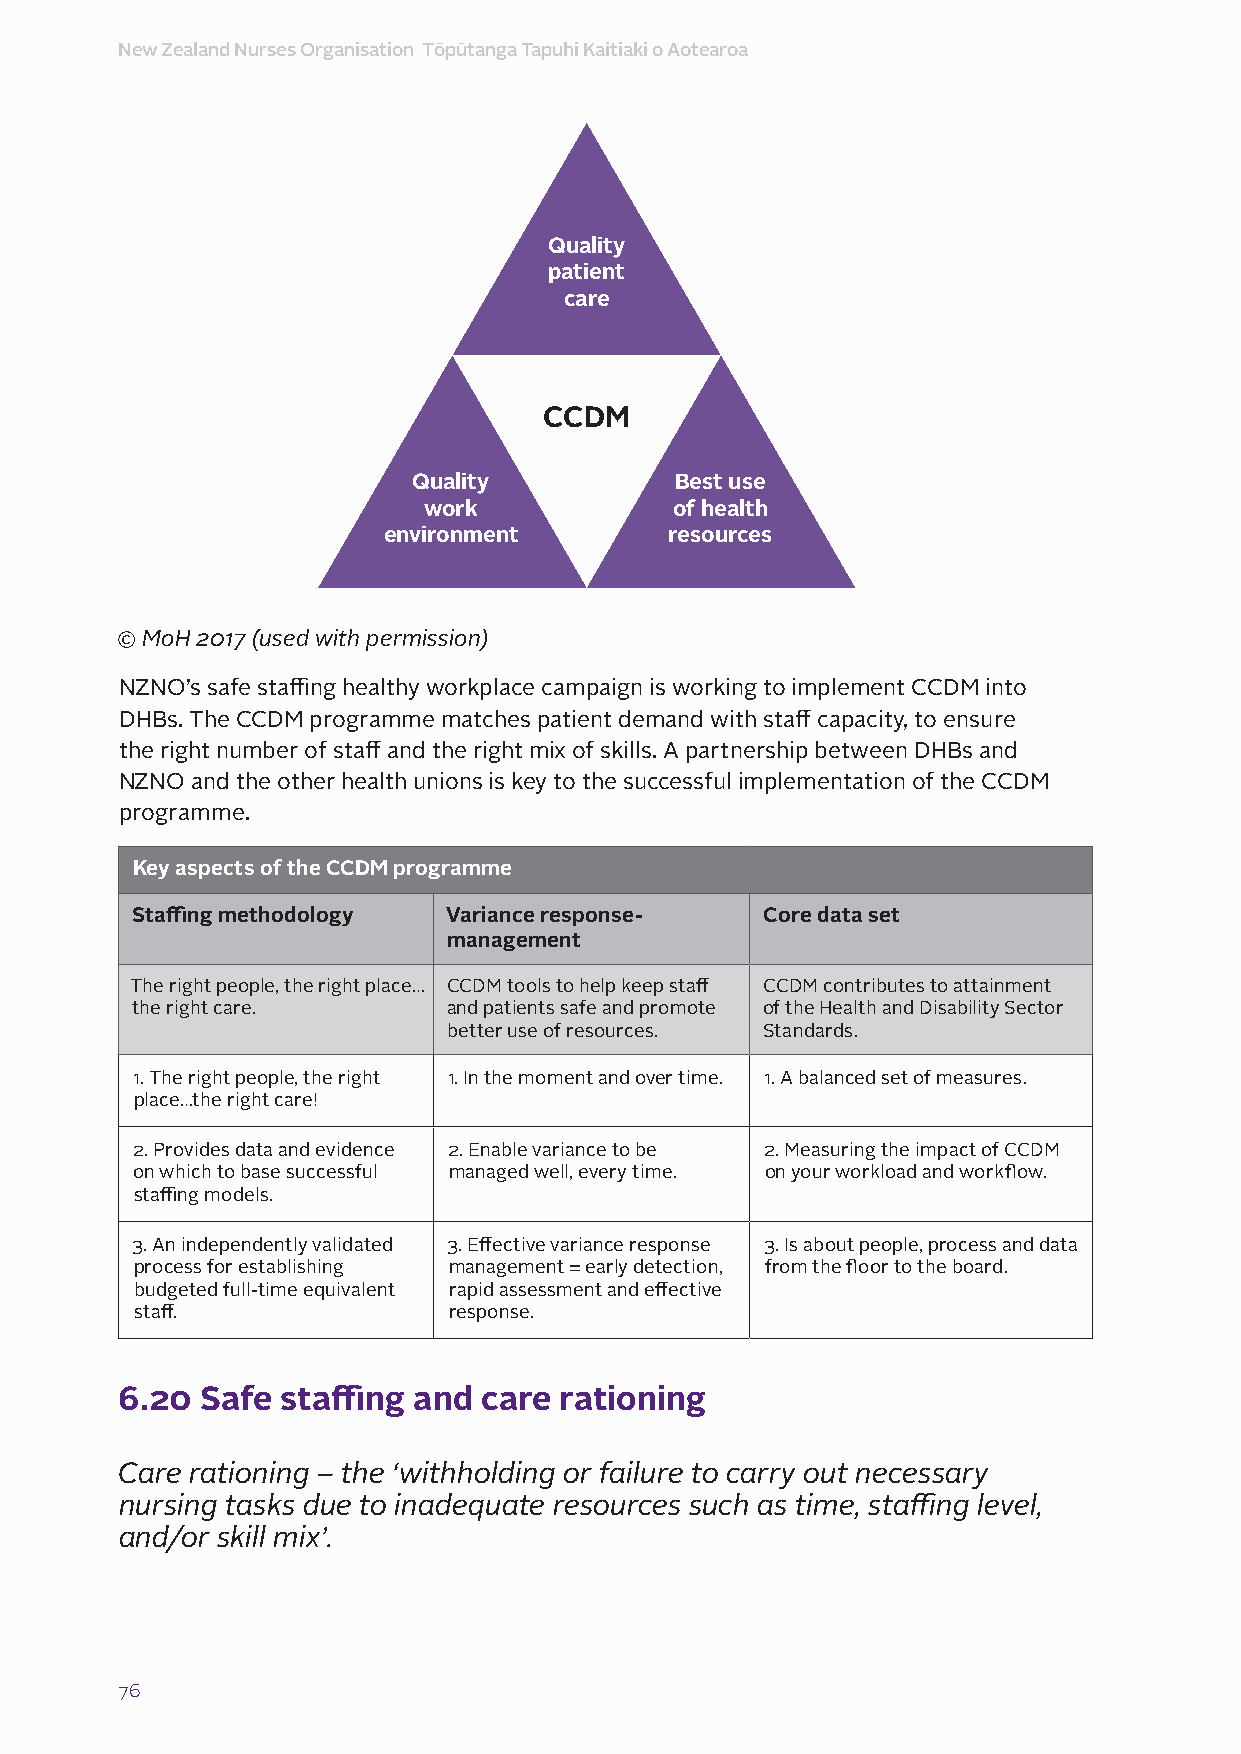
New Zealand Nurses Organisation Tōpūtanga Tapuhi Kaitiaki o Aotearoa
 Quality
 patient
 care
 CCDM
 Quality           Best use
 work             of health
 environment        resources
 © MoH 2017 (used with permission)
 NZNO’s safe staffing healthy workplace campaign is working to implement CCDM into
 DHBs. The CCDM programme matches patient demand with staff capacity, to ensure
 the right number of staff and the right mix of skills. A partnership between DHBs and
 NZNO and the other health unions is key to the successful implementation of the CCDM
 programme.
 Key aspects of the CCDM programme
 Staffing methodology Variance response-  Core data set
 management
 The right people, the right place… CCDM tools to help keep staff CCDM contributes to attainment
 the right care.      and patients safe and promote of the Health and Disability Sector
 better use of resources. Standards.
 1. The right people, the right 1. In the moment and over time. 1. A balanced set of measures.
 place…the right care!
 2. Provides data and evidence 2. Enable variance to be 2. Measuring the impact of CCDM
 on which to base successful managed well, every time. on your workload and workflow.
 staffing models.
 3. An independently validated 3. Effective variance response 3. Is about people, process and data
 process for establishing management = early detection, from the floor to the board.
 budgeted full-time equivalent rapid assessment and effective
 staff.               response.
 6.20 Safe  staffing and care rationing
 Care rationing – the ‘withholding or failure to carry out necessary
 nursing tasks due to inadequate resources such as time, staffing level,
 and/or skill mix’.
 76